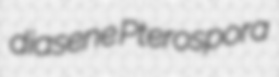
diasene Pterospora